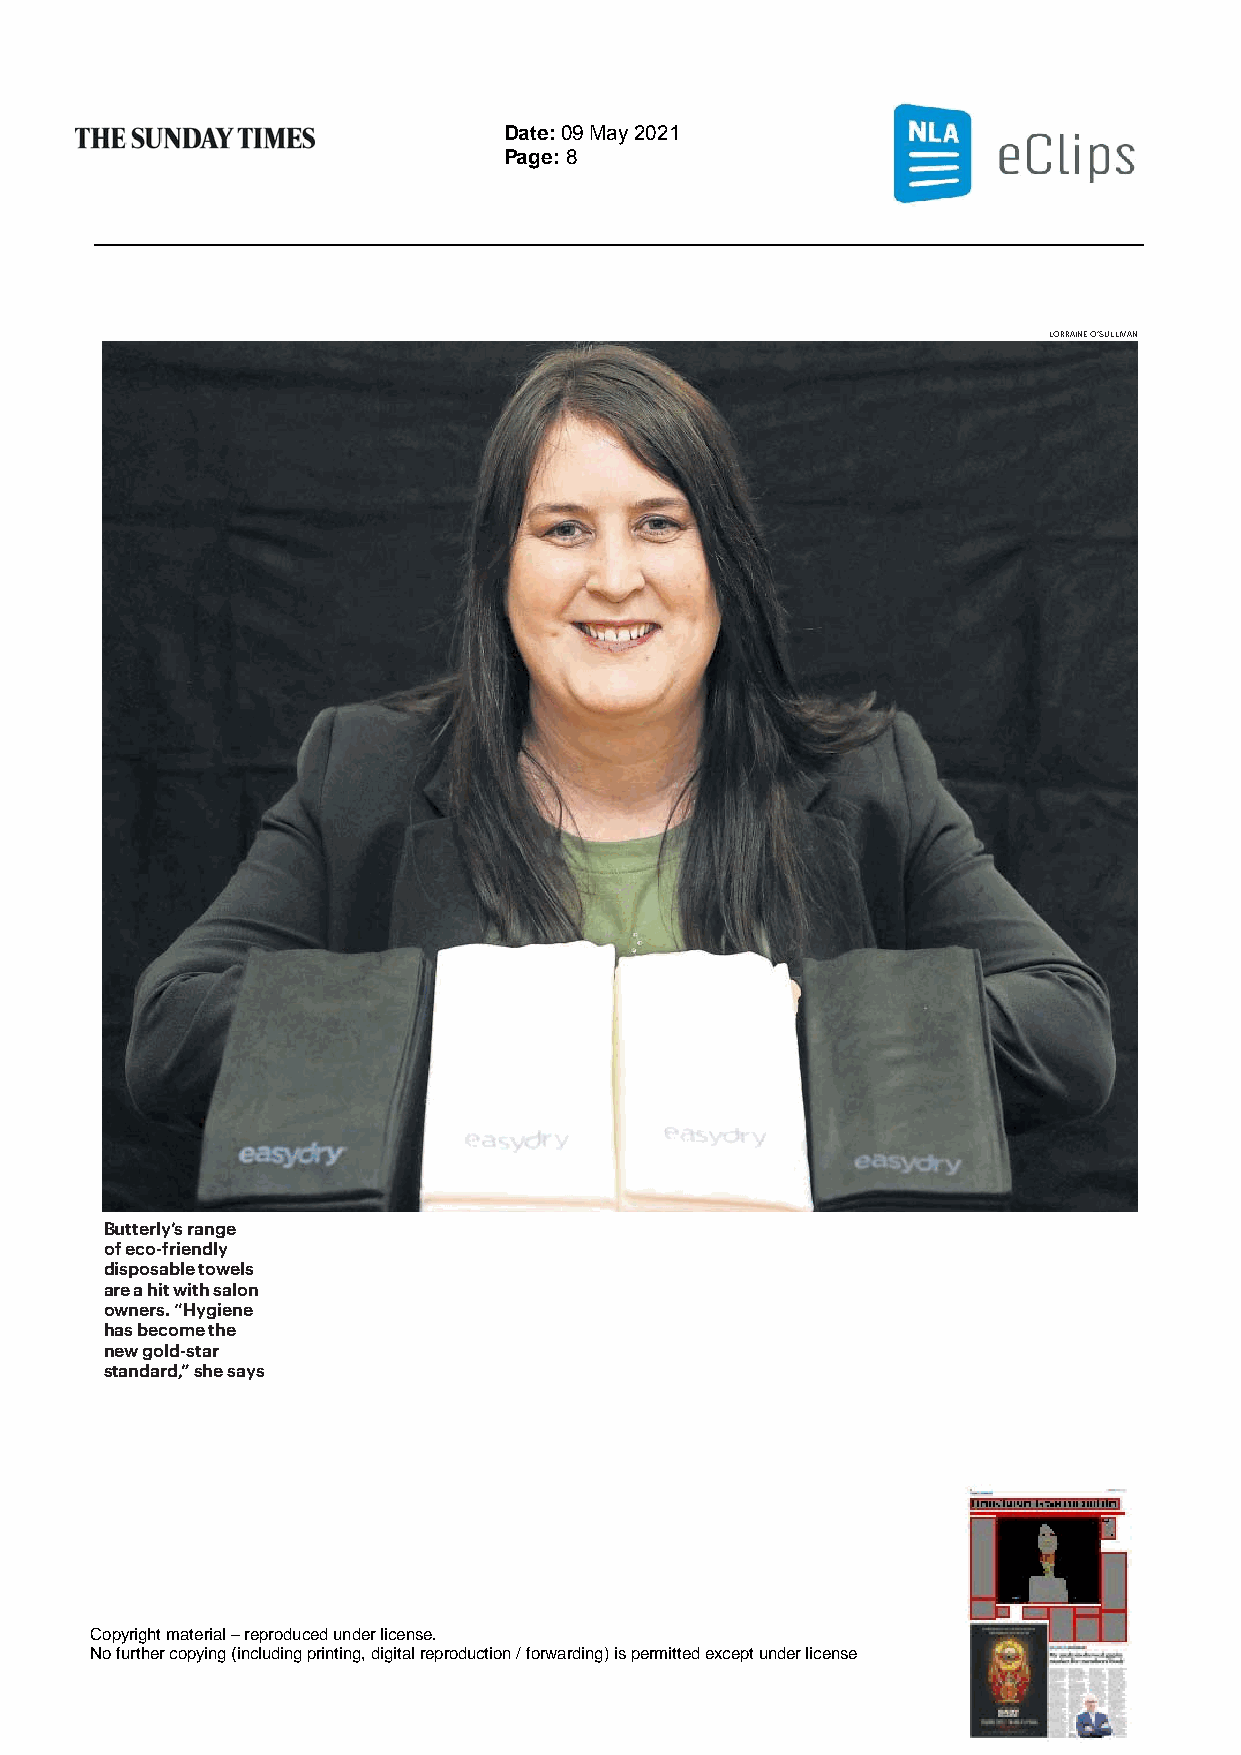
Date: 09 May 2021
 Page: 8
 LORRAINE O’SULLIVAN
 Butterly’s range
 of eco-friendly
 disposable towels
 are a hit with salon
 owners. “Hygiene
 has become the
 new gold-star
 standard,” she says
 Copyright material – reproduced under license.
 No further copying (including printing, digital reproduction / forwarding) is permitted except under license